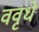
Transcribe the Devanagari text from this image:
ववृधे